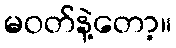
မဝတ်နဲ့တော့။